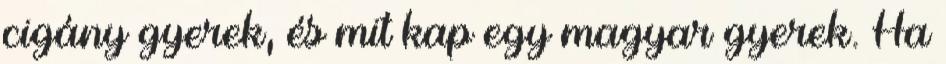
cigány gyerek, és mit kap egy magyar gyerek. Ha